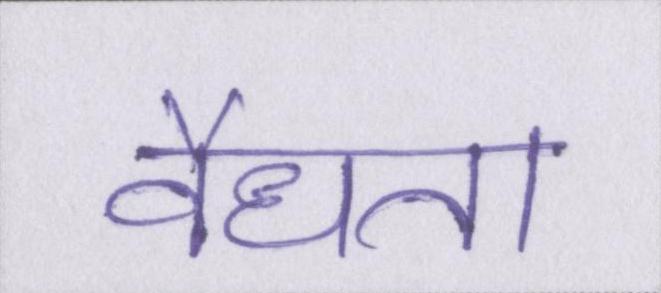
वैधता